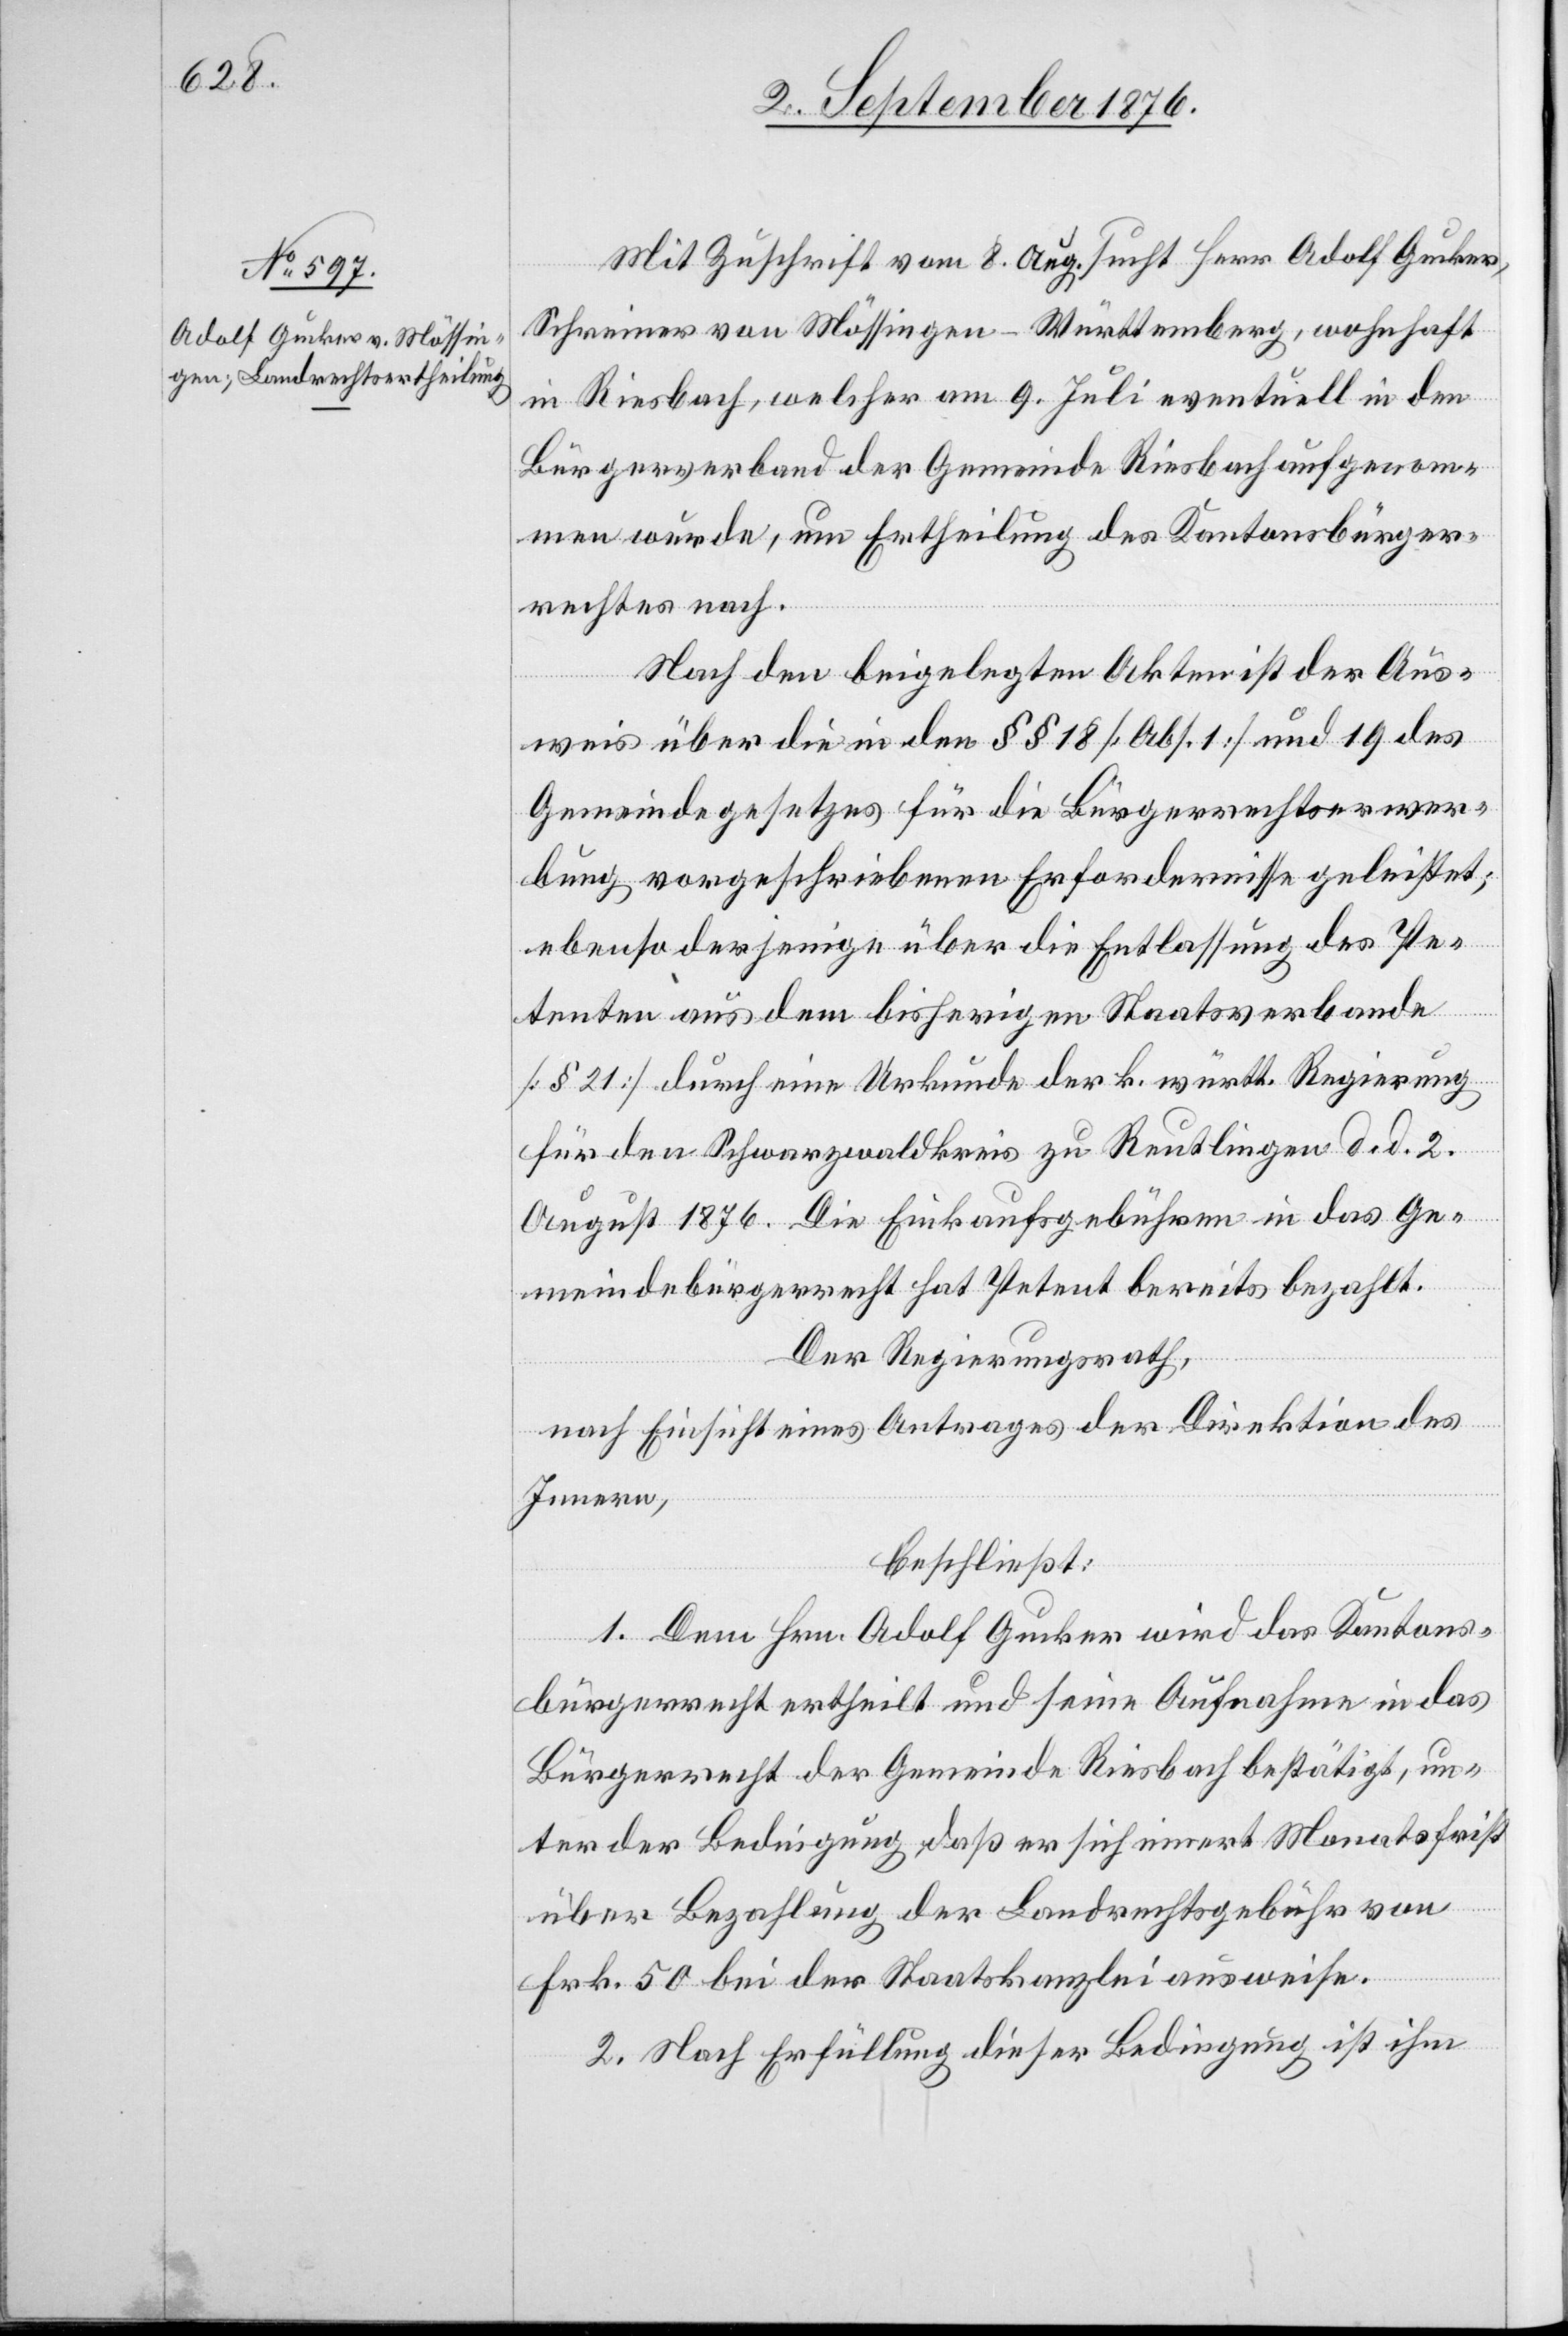
Mit Zuschrift vom 8. Aug. sucht Herr Adolf Gucker,
Schreiner von Mössingen - Württemberg, wohnhaft
in Riesbach, welcher am 9. Juli eventuell in den
Bürgerverband der Gemeinde Riesbach aufgenom¬
men wurde, um Ertheilung des Kantonsbürger¬
rechtes nach.
Nach den beigelegten Akten ist der Aus¬
weis über die in den §§ 18 [Abs. 1] und 19 des
Gemeindegesetzes für die Bürgerrechtserwer¬
bung vorgeschriebenen Erfordernisse geleistet;
von
ebenso derjenige über die Entlassung des Pe¬
tenten aus dem bisherigen Staatsverbande
[§ 21] durch eine Urkunde der k. württ. Regierung
für den Schwarzwaldkreis zu Reutlingen d. d. 2.
August 1876. Die Einkaufsgebühren in das Ge¬
meindebürgerrecht hat Petent bereits bezahlt.
Der Regierungsrath,
nach Einsicht eines Antrages der Direktion des
Innern,
beschließt:
1. Dem Hrn. Adolf Gucker wird das Kantons¬
bürgerrecht ertheilt und seine Aufnahme in das
Bürgerrecht der Gemeinde Riesbach bestätigt, un¬
ter der Bedingung, daß er sich innert Monatsfrist
Frk. 50 bei der Staatskanzlei ausweise.
2. Nach Erfüllung dieser Bedingung ist ihm